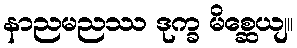
နာညမညဿ ဒုက္ခ မိစ္ဆေယျ။